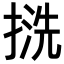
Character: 𢱓